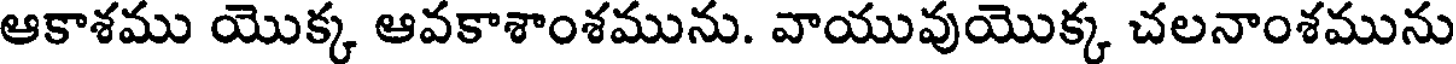
ఆకాశము యొక్క ఆవకాశాంశమును. వాయువుయొక్క చలనాంశమును